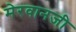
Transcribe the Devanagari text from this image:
मेरवानजी